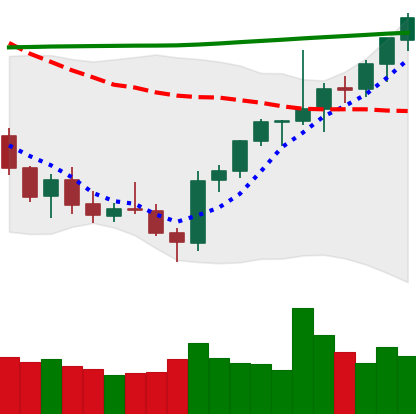
Ticker: ETH-USD
Chart end date: 2021-07-31
Forward return: 11.479%
Label: up_7plus